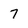
Character: 7